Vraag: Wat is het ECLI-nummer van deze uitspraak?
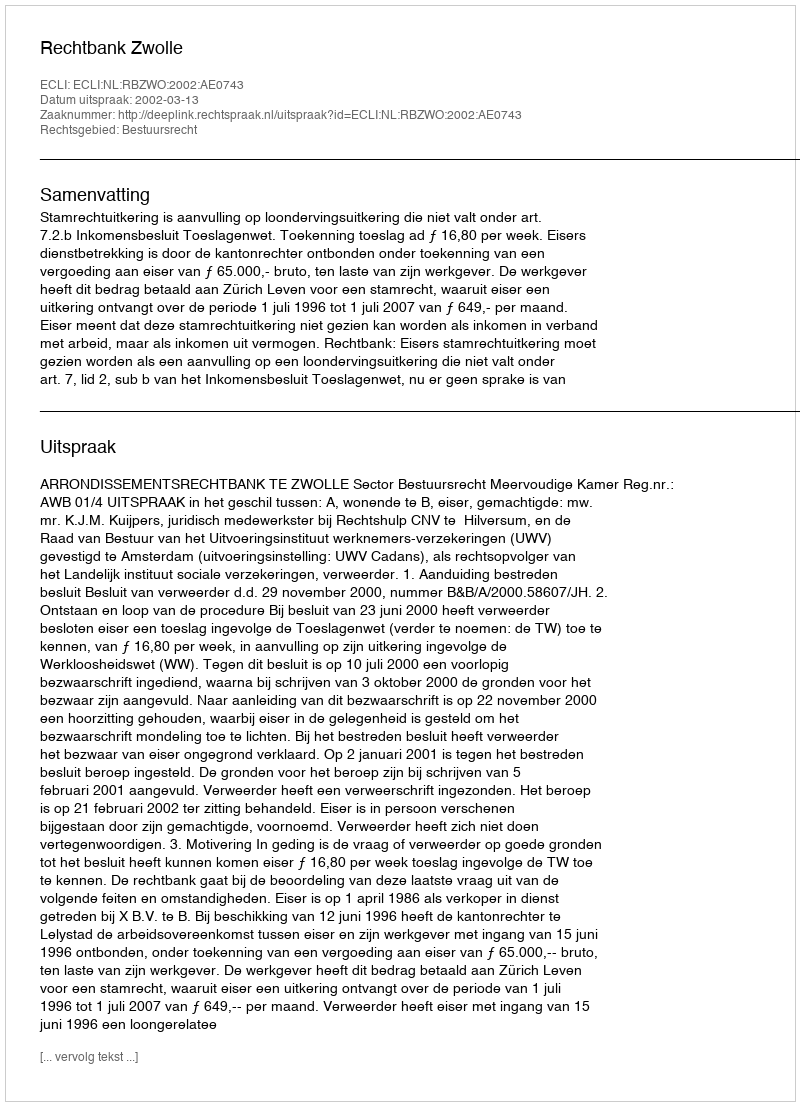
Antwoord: ECLI:NL:RBZWO:2002:AE0743